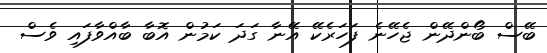
ބޭސް ބޯންދޭން ޖެހޭނެ ފަހަރެކޭ އޭނާ ގަދަ ކަމުން އޮބާ ބާއްވާފައި ވެސް